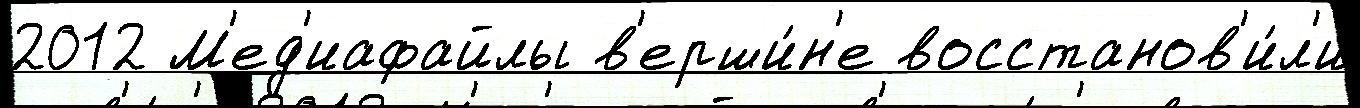
2012 М'ед'иафайлы в'ерши́н'е восстанов'и́л'и